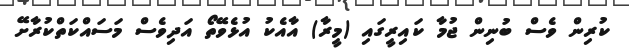
ކުރިން ވެސް ބުނިން ޖުމާ ކައިރީގައި (މީރާ) އާއެކު އުޅެވޭތޯ އަދިވެސް މަސައްކަތްކުރާށޭ